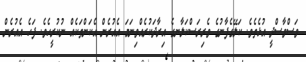
ވަސްވާސްދީ އުޅެތެވެ. ކަލޭގެފާނުގެ ވެރިރަސްކަލާނގެ އިރާދަކުރެއްވިނަމަ އެއުރެން އެކަންތަކެއް ނުކުރީހެވެ. ފަހެ އެއުރެން